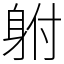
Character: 䠵